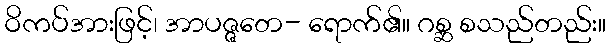
ဝိကပ်အားဖြင့်၊ အာပဇ္ဇတေ- ရောက်၏။ ဂစ္ဆ စသည်တည်း။